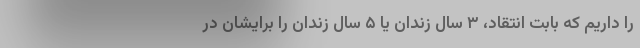
را داریم که بابت انتقاد، ۳ سال زندان یا ۵ سال زندان را برایشان در